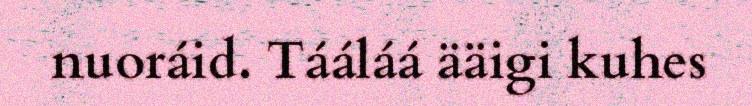
nuoráid. Tááláá ääigi kuhes